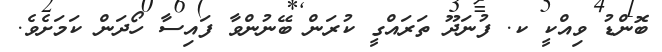
ބޮންޑު ވިއްކީ ކ. ފުނަދޫ ތަރައްގީ ކުރަން ބޭނުންވާ ފައިސާ ހޯދަން ކަމަށެވެ.